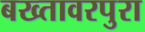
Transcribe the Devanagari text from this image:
बख्तावरपुरा